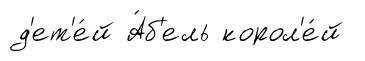
д'ет'е́й А́б'ель корол'е́й